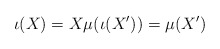
\begin{align*} \iota(X) = X \mu(\iota(X')) = \mu(X')\end{align*}